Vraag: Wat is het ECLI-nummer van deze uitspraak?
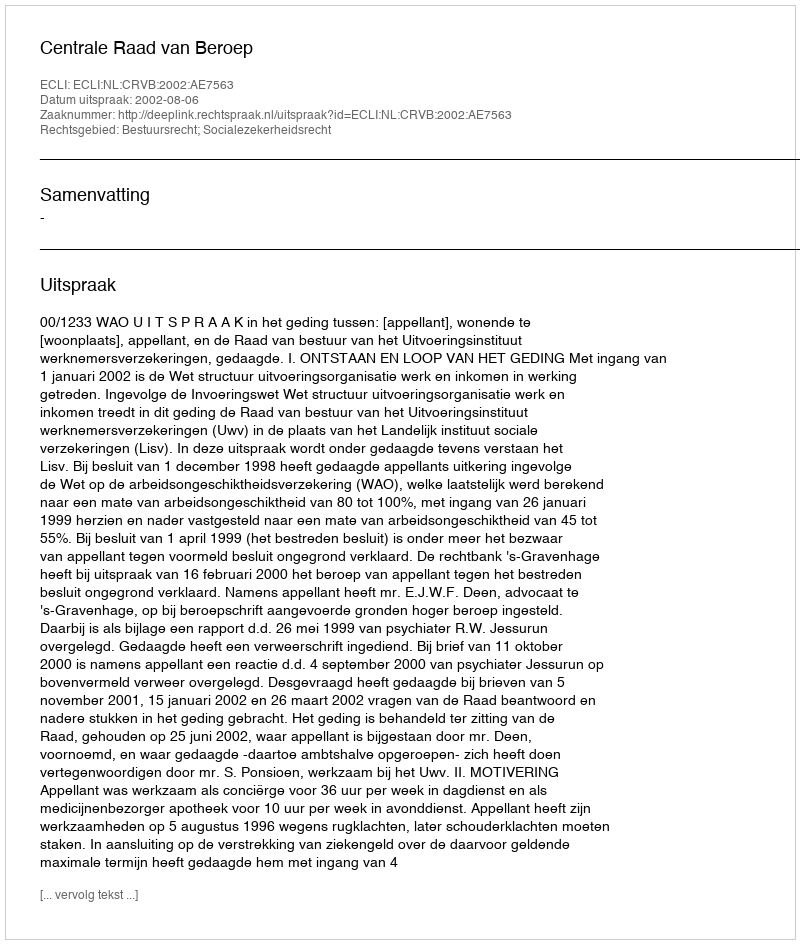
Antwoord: ECLI:NL:CRVB:2002:AE7563